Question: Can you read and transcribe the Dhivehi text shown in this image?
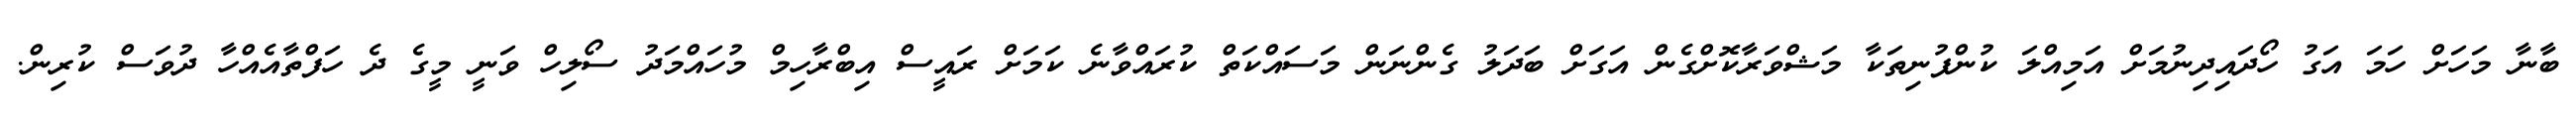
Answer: ބާނާ މަހަށް ހަމަ އަގު ހޯދައިދިނުމަށް އަމިއްލަ ކުންފުނިތަކާ މަޝްވަރާކޮށްގެން އަގަށް ބަދަލު ގެންނަން މަސައްކަތް ކުރައްވާނެ ކަމަށް ރައީސް އިބްރާހިމް މުހައްމަދު ސޯލިހް ވަނީ މީގެ ދެ ހަފްތާއެއްހާ ދުވަސް ކުރިން.